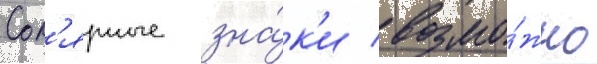
Сол'ярные зна́к'и / возмо́жно